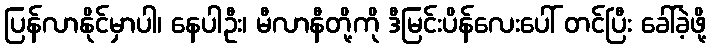
ပြန်လာနိုင်မှာပါ၊ နေပါဦး၊ မီလာနီတို့ကို ဒီမြင်းပိန်လေးပေါ် တင်ပြီး ခေါ်ခဲ့ဖို့